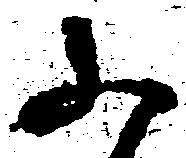
ふ